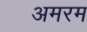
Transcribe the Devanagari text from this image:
अमरम